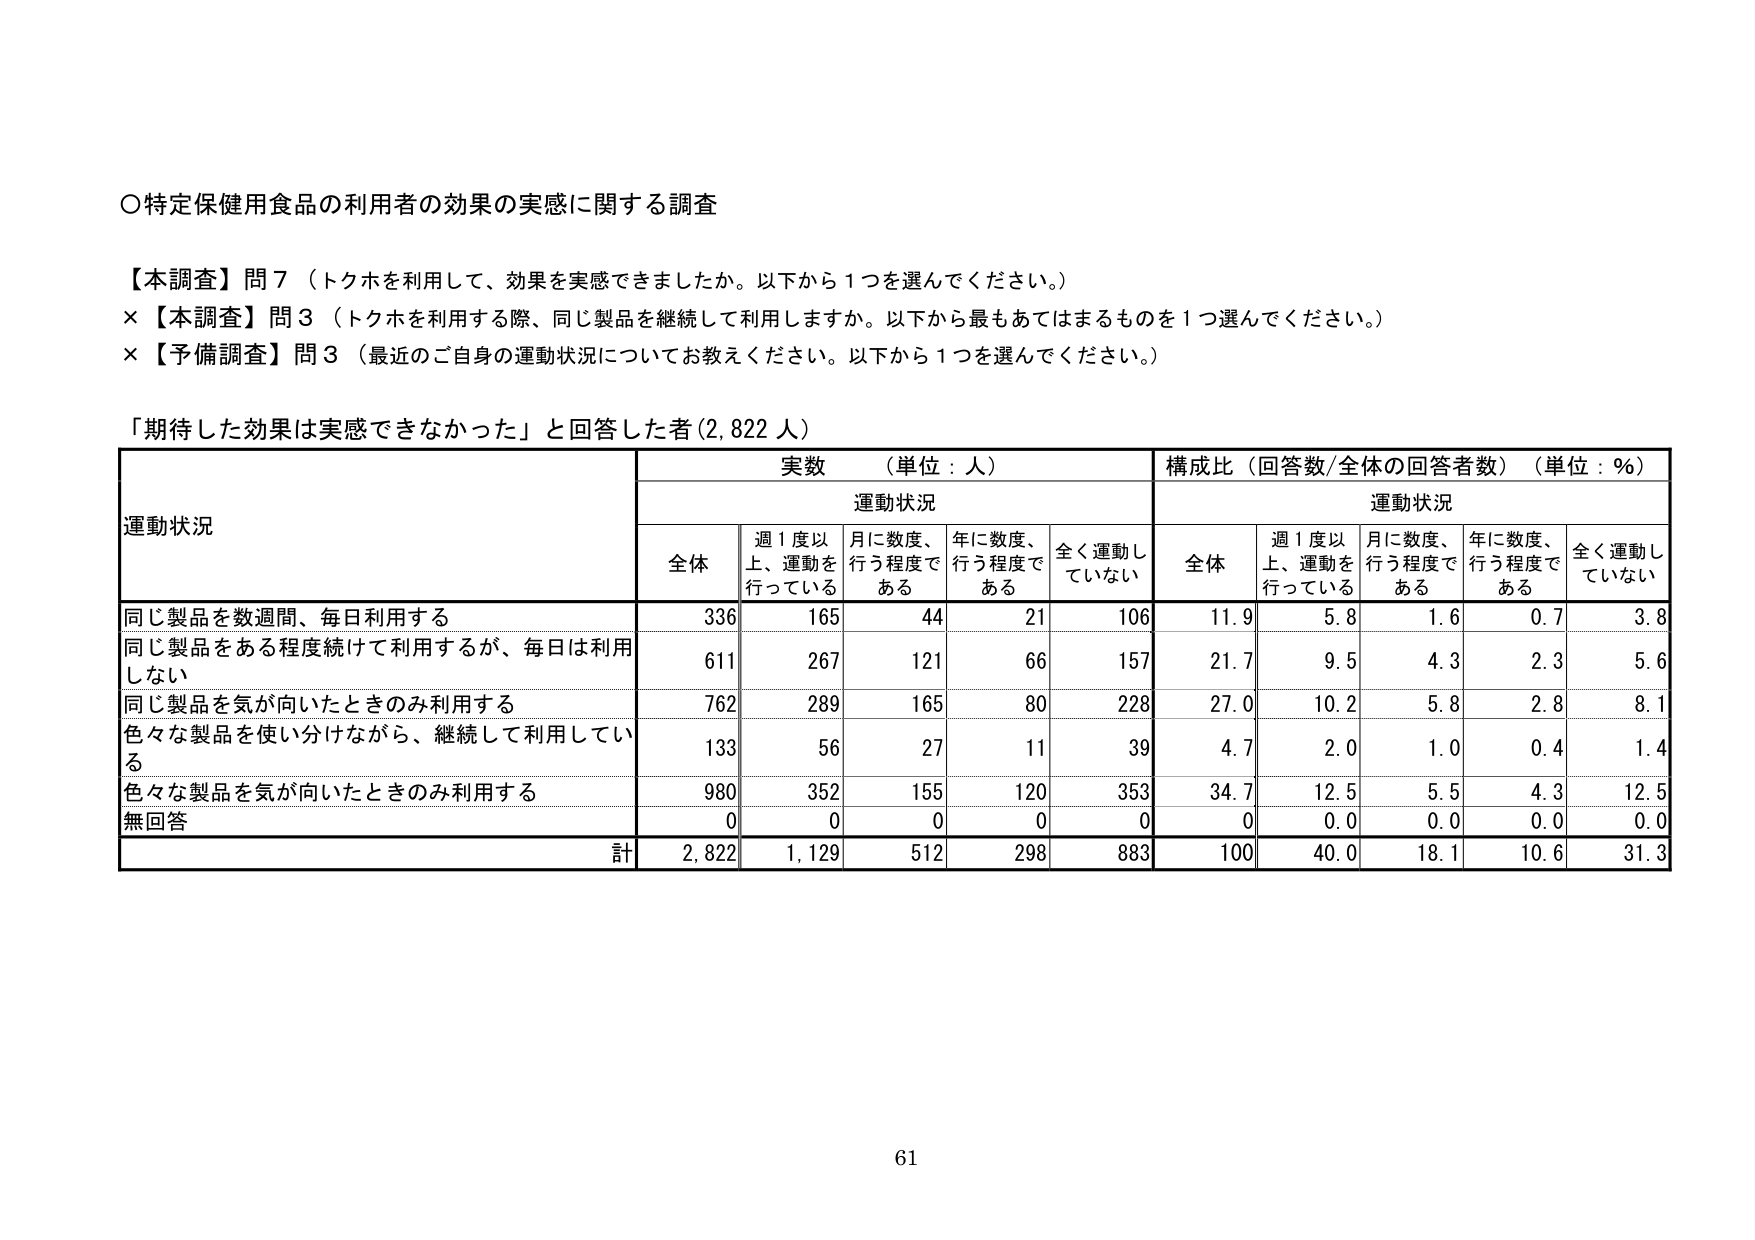
○特定保健用食品の利用者の効果の実感に関する調査

【本調査】問７（トクホを利用して、効果を実感できましたか。以下から１つを選んでください。）
×【本調査】問３（トクホを利用する際、同じ製品を継続して利用しますか。以下から最もあてはまるものを１つ選んでください。）
×【予備調査】問３（最近のご自身の運動状況についてお教えください。以下から１つを選んでください。）

「期待した効果は実感できなかった」と回答した者（2,822人）

運動状況 実数（単位：人） 構成比（回答数/全体の回答者数）（単位：%）
運動状況 運動状況
全体 週１度以上、運動を行っている 月に数度、行う程度である 年に数度、行う程度である 全く運動していない 全体 週１度以上、運動を行っている 月に数度、行う程度である 年に数度、行う程度である 全く運動していない
同じ製品を数週間、毎日利用する 336 165 44 21 106 11.9 5.8 1.6 0.7 3.8
同じ製品をある程度続けて利用するが、毎日は利用しない 611 267 121 66 157 21.7 9.5 4.3 2.3 5.6
同じ製品を気が向いたときのみ利用する 762 289 165 80 228 27.0 10.2 5.8 2.8 8.1
色々な製品を使い分けながら、継続して利用している 133 56 27 11 39 4.7 2.0 1.0 0.4 1.4
色々な製品を気が向いたときのみ利用する 980 352 155 120 353 34.7 12.5 5.5 4.3 12.5
無回答 0 0 0 0 0 0 0.0 0.0 0.0 0.0
計 2,822 1,129 512 298 883 100 40.0 18.1 10.6 31.3

61